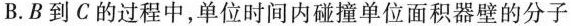
B.B到C的过程中，单位时间内碰撞单位面积器壁的分子